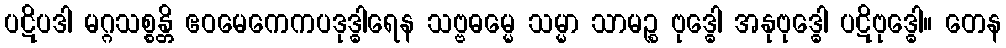
ပဋိပဒါ မဂ္ဂသစ္စန္တိ ဧဝမေကေကပဒုဒ္ဓါရေန သဗ္ဗဓမ္မေ သမ္မာ သာမဉ္စ ဗုဒ္ဓေါ အနုဗုဒ္ဓေါ ပဋိဗုဒ္ဓေါ။ တေန